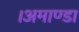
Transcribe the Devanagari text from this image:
।अमाण्डा